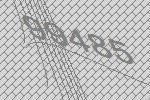
99485